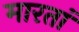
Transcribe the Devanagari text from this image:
मारतां